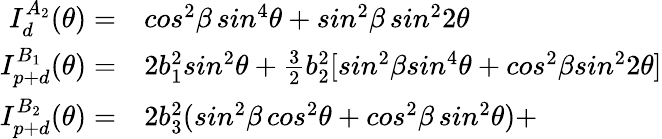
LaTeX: \begin{array}{rl}{I_{d}^{A_{2}}(\theta)=}&{{}cos^{2}\beta\, sin^{4}\theta+sin^{2}\beta\, sin^{2}2\theta}\\ {I_{p+d}^{B_{1}}(\theta)=}&{{}2b_{1}^{2}sin^{2}\theta+\frac{3}{2}b_{2}^{2}[sin^{2}\beta sin^{4}\theta+cos^{2}\beta sin^{2}2\theta]}\\ {I_{p+d}^{B_{2}}(\theta)=}&{{}2b_{3}^{2}(sin^{2}\beta\, cos^{2}\theta+cos^{2}\beta\, sin^{2}\theta)+}\end{array}